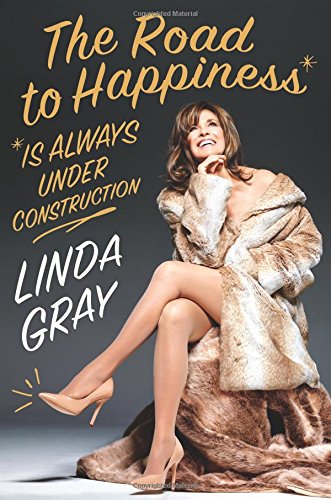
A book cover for The Road to Happiness Is Always Under Construction; Linda Gray; Biographies & Memoirs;